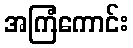
အကြံကောင်း